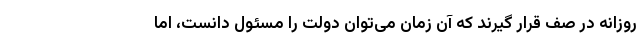
روزانه در صف قرار گیرند که آن زمان می‌توان دولت را مسئول دانست، اما